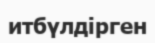
итбүлдірген